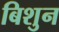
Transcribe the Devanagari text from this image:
बिशुन